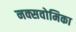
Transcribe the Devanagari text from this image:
नक्सवोमिका